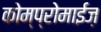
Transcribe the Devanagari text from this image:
कोम्प्रोमाईज़